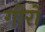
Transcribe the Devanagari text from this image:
गीरों